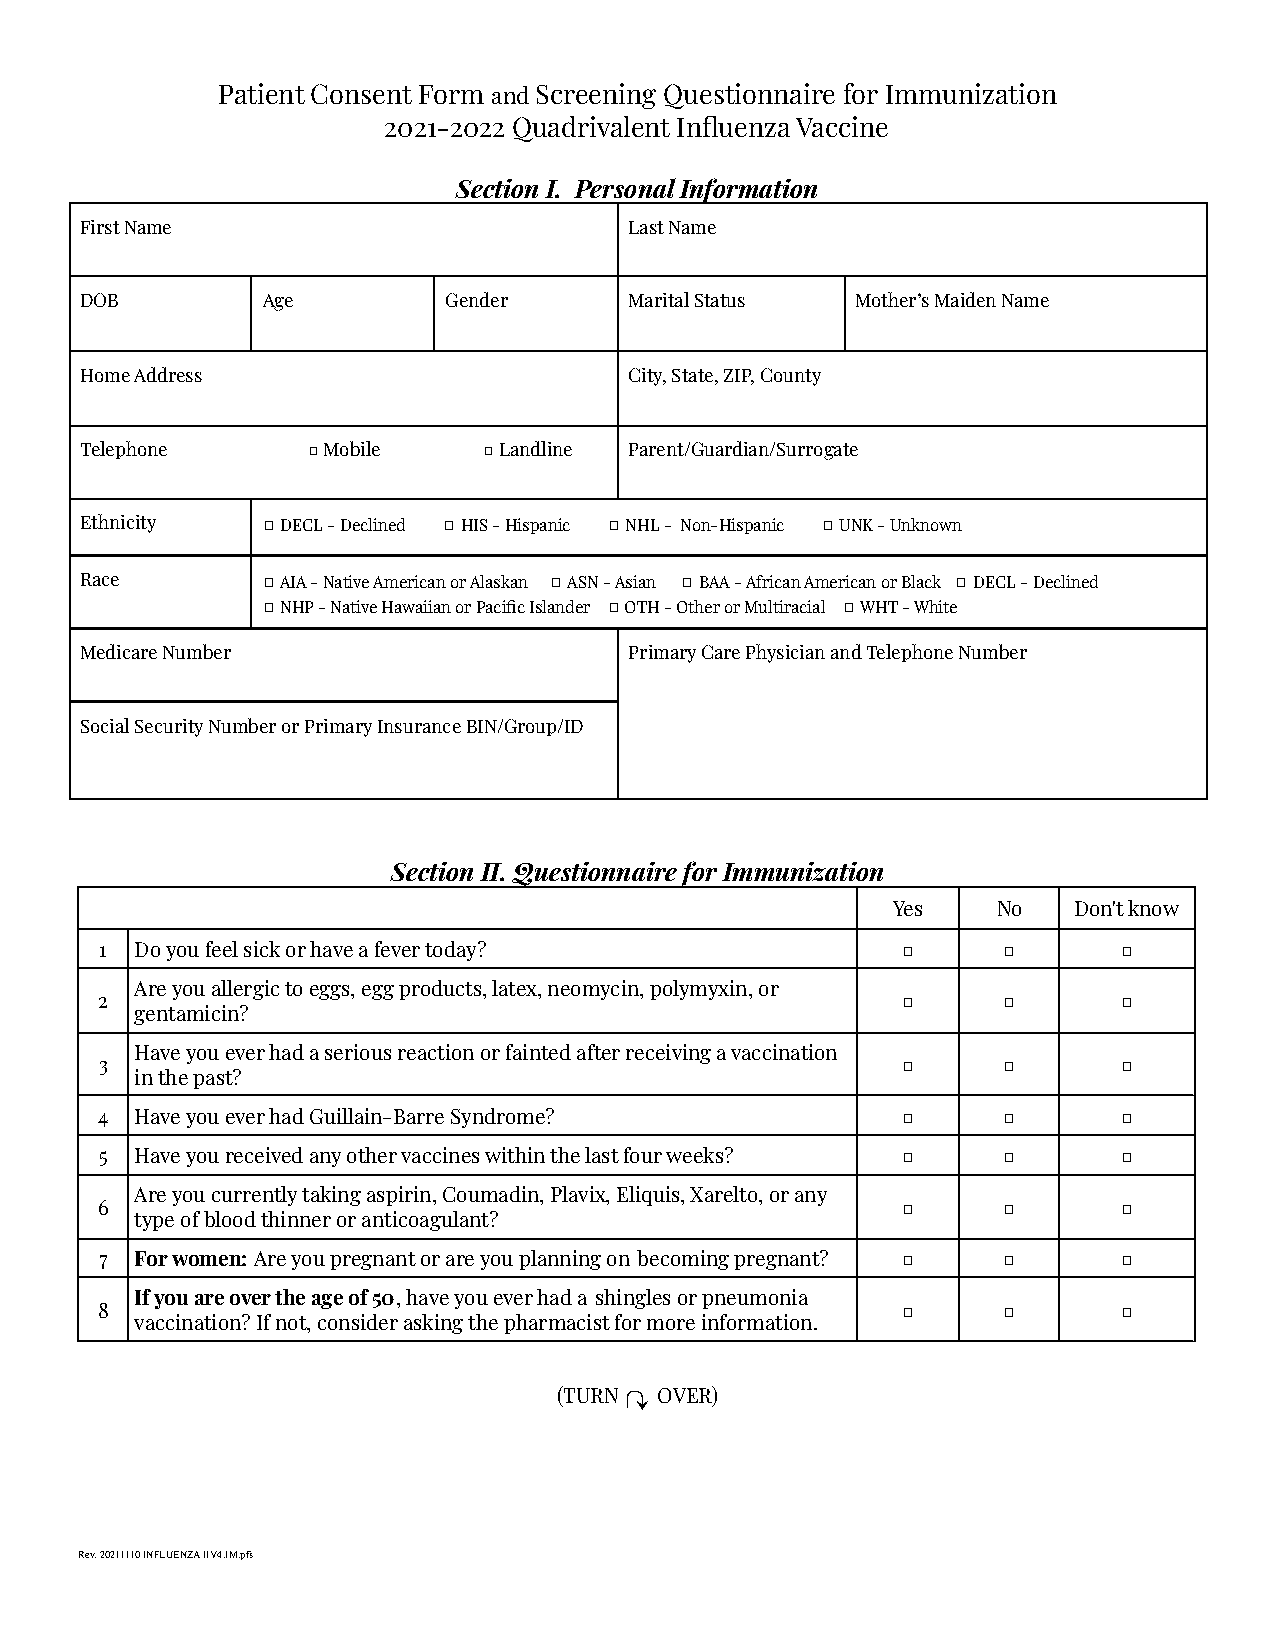
Patient Consent Form andScreening Questionnaire for Immunization
 2021-2022 Quadrivalent Influenza Vaccine
 Section I. Personal Information
 First Name                           Last Name
 DOB         Age         Gender       Marital Status Mother’s Maiden Name
 Home Address                         City, State, ZIP, County
 Telephone      □ Mobile    □ Landline Parent/Guardian/Surrogate
 Ethnicity   □DECL - Declined □HIS - Hispanic □NHL - Non-Hispanic □UNK - Unknown
 Race        □AIA - Native American or Alaskan □ASN - Asian □BAA - African American or Black □DECL -Declined
 □NHP - Native Hawaiian or Pacific Islander □OTH- Other or Multiracial □WHT - White
 Medicare Number                      Primary Care Physician and Telephone Number
 Social Security Number or Primary Insurance BIN/Group/ID
 Section II. Questionnaire for Immunization
 Yes    No   Don't know
 1 Do you feel sick or have a fever today?            □     □       □
 Are you allergic to eggs, egg products, latex, neomycin, polymyxin, or
 2                                                    □     □       □
 gentamicin?
 Have you ever had a serious reaction or fainted after receiving a vaccination
 3                                                    □     □       □
 in the past?
 4  Have you ever had Guillain-Barre Syndrome?         □     □       □
 5 Have you received any other vaccines within the last four weeks? □ □ □
 Are you currently taking aspirin, Coumadin, Plavix, Eliquis, Xarelto, or any
 6                                                     □     □       □
 type of blood thinner or anticoagulant?
 7 For women:Are you pregnant or are you planning on becoming pregnant? □ □ □
 If you are over the age of 50, have you ever had a shingles or pneumonia
 8                                                     □     □       □
 vaccination? If not, consider asking the pharmacist for more information.
 (TURN↷ OVER)
 Rev. 20211110 INFLUENZA IIV4.IM.pfs